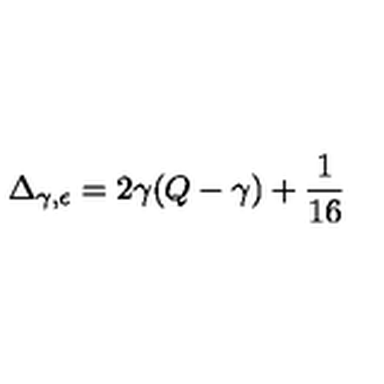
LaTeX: \Delta _ { \gamma , \epsilon } = 2 \gamma ( Q - \gamma ) + \frac { 1 } { 1 6 }